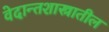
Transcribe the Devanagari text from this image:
वेदान्तशास्त्रातील